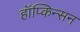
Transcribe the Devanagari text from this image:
हॉप्किन्सन